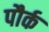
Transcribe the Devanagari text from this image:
पौर्क